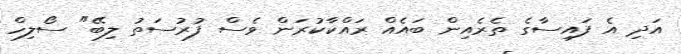
އަދި އެ ފައިސާގެ ތެރެއިން ބައެއް ރައްކާކުރަން ވެސް ފުރުސަތު ލިބޭ" ސޯލިހް